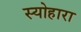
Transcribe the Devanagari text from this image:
स्योहारा